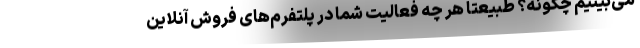
می‌بینیم چگونه؟ طبیعتاً هر چه فعالیت شما در پلتفرم‌های فروش آنلاین